Reports on dispensaries and lunatic asylums in the Province of Oudh - 1869-1876
Year: 1869
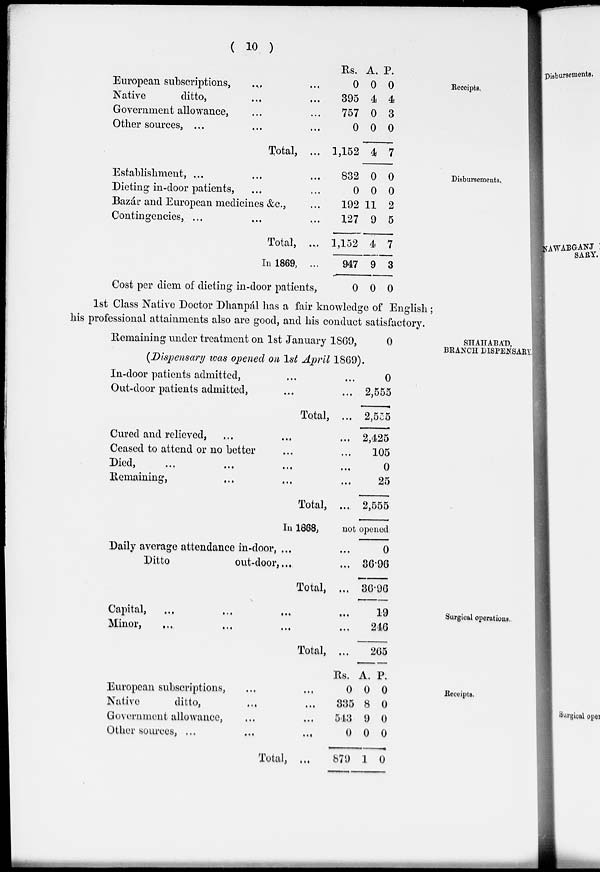
( 10 )
Receipts.
European subscriptions, ... ...
Native
ditto, ... ...
Government allowance, ... ...
Other sources, ... ... ...
Total, ...
Rs.
0
395
757
0
1,152
A.
0
4
0
0
4
P.
0
4
3
0
7
Disbursements.
Establishment, ... ... ...
Dieting in-door patients, ... ...
Bazár and European medicines &c., ...
Contingencies, ... ... ...
Total, ...
In 1869, ...
Cost per diem of dieting in-door patients,
832
0
192
127
1,152
947
0
0
0
11
9
4
9
0
0
0
2
5
7
3
0
1st Class Native Doctor Dhanpál has a fair knowledge of English ;
his professional attainments also are good, and his conduct satisfactory.
SHAHABÁD,
BRANCH DISPENSARY.
Remaining under treatment on 1st January 1869,
0
(Dispensary was opened on 1st April 1869).
In-door patients admitted, ... ...
Out-door patients admitted, ... ...
Total, ...
Cured and relieved, ... ... ...
Ceased to attend or no better ... ...
Died,
...
...
...
...
Remaining, ... ... ...
Total, ...
0
2,555
2,555
2,425
105
0
25
2,555
In 1868,
not opened
Daily average attendance in-door, ... ...
Ditto
out-door, ... ...
Total, ...
0
36.96
36.96
Surgical operations.
Capital,
...
...
...
...
Minor, ... ... ... ...
Total, ...
19
246
265
Receipts.
European subscriptions, ... ...
Native
ditto, ... ...
Government allowance, ... ...
Other sources, ...
...
...
Total, ...
Rs.
0
335
543
0
879
A.
0
8
9
0
1
P.
0
0
0
0
0